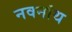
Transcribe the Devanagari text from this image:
नवनांथ